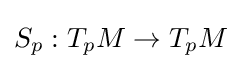
S_{p}:T_{p}M\rightarrow T_{p}M